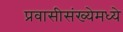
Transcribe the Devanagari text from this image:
प्रवासीसंख्येमध्ये